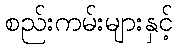
စည်းကမ်းများနှင့်